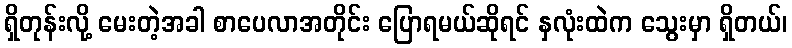
ရှိတုန်းလို့ မေးတဲ့အခါ စာပေလာအတိုင်း ပြောရမယ်ဆိုရင် နှလုံးထဲက သွေးမှာ ရှိတယ်၊